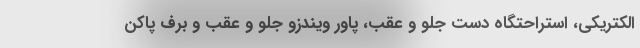
الکتریکی، استراحتگاه دست جلو و عقب، پاور ویندزو جلو و عقب و برف پاکن